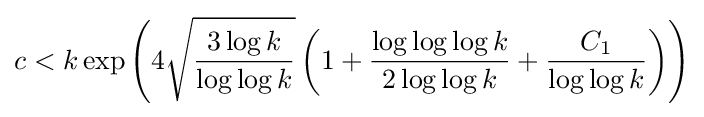
c<k\exp \left(4{\sqrt {\frac {3\log k}{\log \log k}}}\left(1+{\frac {\log \log \log k}{2\log \log k}}+{\frac {C_{1}}{\log \log k}}\right)\right)